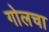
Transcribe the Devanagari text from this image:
गोलचा